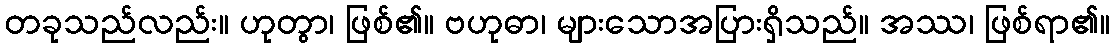
တခုသည်လည်း။ ဟုတွာ၊ ဖြစ်၏။ ဗဟုဓာ၊ များသောအပြားရှိသည်။ အဿ၊ ဖြစ်ရာ၏။